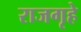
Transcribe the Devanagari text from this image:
राजगृहे